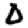
Digit: 0